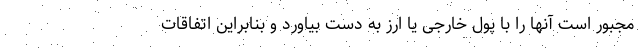
مجبور است آنها را با پول خارجی یا ارز به دست بیاورد و بنابراین اتفاقات